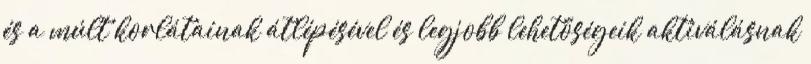
és a múlt korlátainak átlépésével és legjobb lehetőségeik aktiválásnak